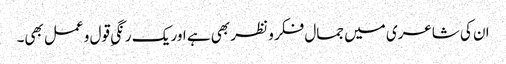
ان کی شاعری میں جمال فکر و نظر بھی ہے اور یک رنگیِ قول و عمل بھی۔